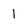
Character: 1